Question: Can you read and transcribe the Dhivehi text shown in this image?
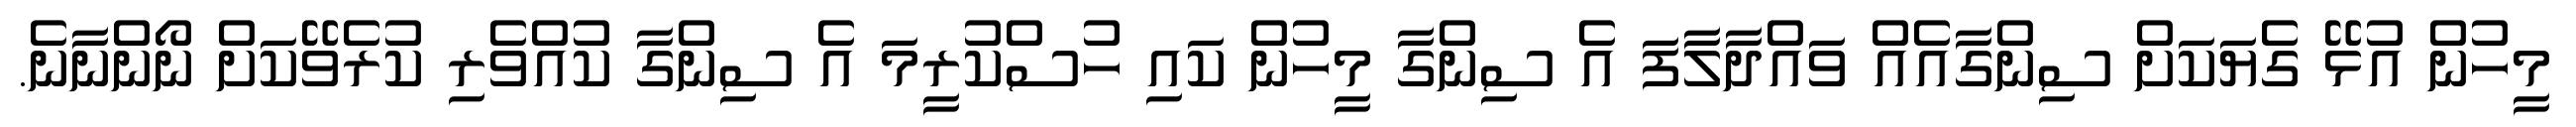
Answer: މީހުން އުޅޭ ގެޔަކަށް ސިންގާއެއް ވައްދާލާފަ އެ ސިންގާ މީހުން ކައި ހުސްކުރީމަ އެ ސިންގާ ކުއްވެރި ކުރެވޭކަށް ނޯންނާނެ.